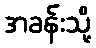
အခန်းသို့